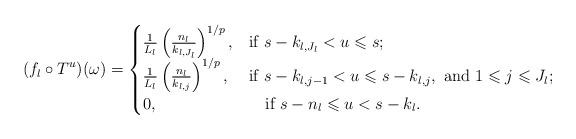
LaTeX: \begin{align*} (f_l\circ T^u)(\omega)=\begin{cases} \frac 1{L_l}\left(\frac{n_l}{k_{l,J_l}}\right)^{1/p},&\mbox{if } s-k_{l,J_l}<u\leqslant s;\\ \frac 1{L_l}\left(\frac{n_l}{k_{l,j}}\right)^{1/p},&\mbox{if } s-k_{l,j-1}< u\leqslant s-k_{l,j}, \mbox{ and }1\leqslant j\leqslant J_l;\\ 0,&\quad\mbox{if }s-n_l \leqslant u< s-k_l. \end{cases} \end{align*}